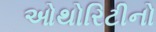
ઓથોરિટીનો